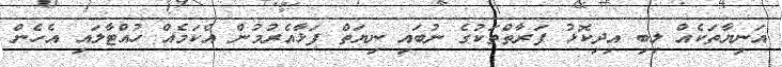
އަނިޔާތަކެއް ލިބި އިދިކޮޅު ފަރާތްތަކުގެ ނުބައި ނިޔަތް ފަޅާއެރުމުން އެކަމެއް ހުއްޓާލައި އެހެން